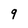
Character: 9